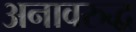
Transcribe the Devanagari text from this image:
अनावरुद्ध